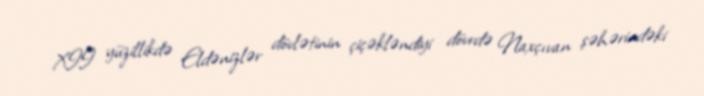
XII yüzillikdə Eldənizlər dövlətinin çiçəkləndiyi dövrdə Naxçıvan şəhərindəki